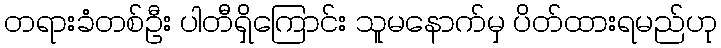
တရားခံတစ်ဦး ပါတီရှိကြောင်း သူမနောက်မှ ပိတ်ထားရမည်ဟု